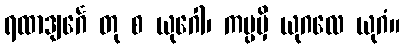
ရထာဒျင်္ဂေ တု စ ယုဂေါ၊ ကပ္ပမှိ ယုဂလေ ယုဂံ။